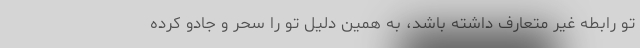
تو رابطه غیر متعارف داشته باشد، به همین دلیل تو را سحر و جادو کرده